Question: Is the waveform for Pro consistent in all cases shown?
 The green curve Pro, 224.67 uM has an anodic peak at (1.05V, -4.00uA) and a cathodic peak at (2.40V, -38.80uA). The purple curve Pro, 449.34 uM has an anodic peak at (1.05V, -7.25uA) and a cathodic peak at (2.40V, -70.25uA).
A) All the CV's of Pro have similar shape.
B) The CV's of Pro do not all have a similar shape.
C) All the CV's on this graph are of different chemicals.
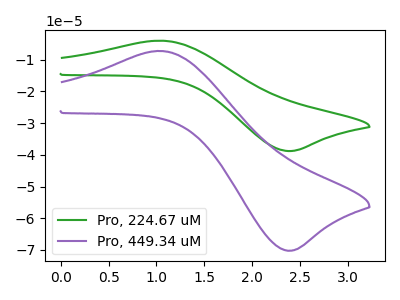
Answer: <think>All the peaks in "Pro, 224.67 uM" have a peak in "Pro, 449.34 uM" at the same potential.
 </think>
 <answer>A) All the CV's of "Pro" have similar shape.</answer>
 <eval>A</eval>